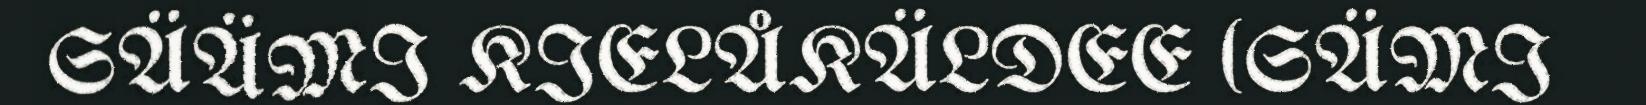
SÄÄMI KIELÅKÄLDEE (SÄMI